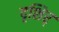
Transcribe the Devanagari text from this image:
दृशिर्